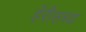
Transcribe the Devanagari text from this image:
हॅरीसच्या